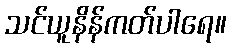
သင်ယူနိန်ကတ်ပါရေ။